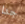
جدا